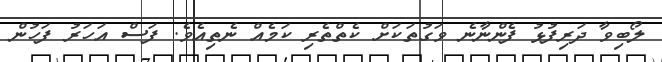
ލޯބިވާ ދަރިފުޅު ފެންނާނެ ވަގުތަކަށް ކެތްތެރި ކަމެއް ނެތިއެވެ. ފަސް އަހަރު ފަހުން